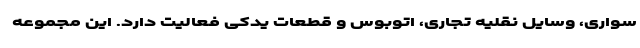
سواری، وسایل نقلیه تجاری، اتوبوس و قطعات یدکی فعالیت دارد. این مجموعه